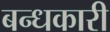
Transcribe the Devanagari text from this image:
बन्धकारी